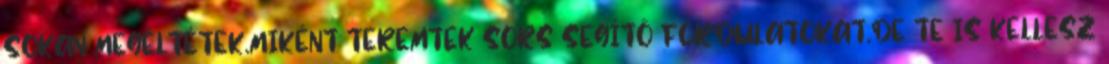
SOKAN MEGÉLTÉTEK.MIKÉNT TEREMTEK SORS SEGÍTŐ FORDULATOKAT.DE TE IS KELLESZ